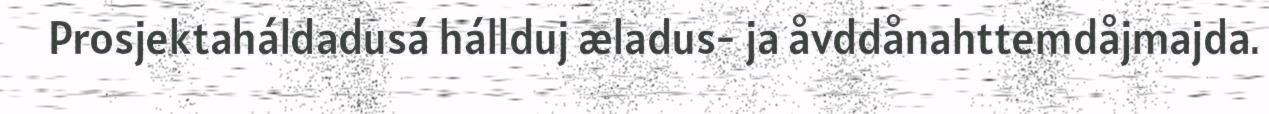
Prosjektaháldadusá hállduj æladus- ja åvddånahttemdåjmajda.